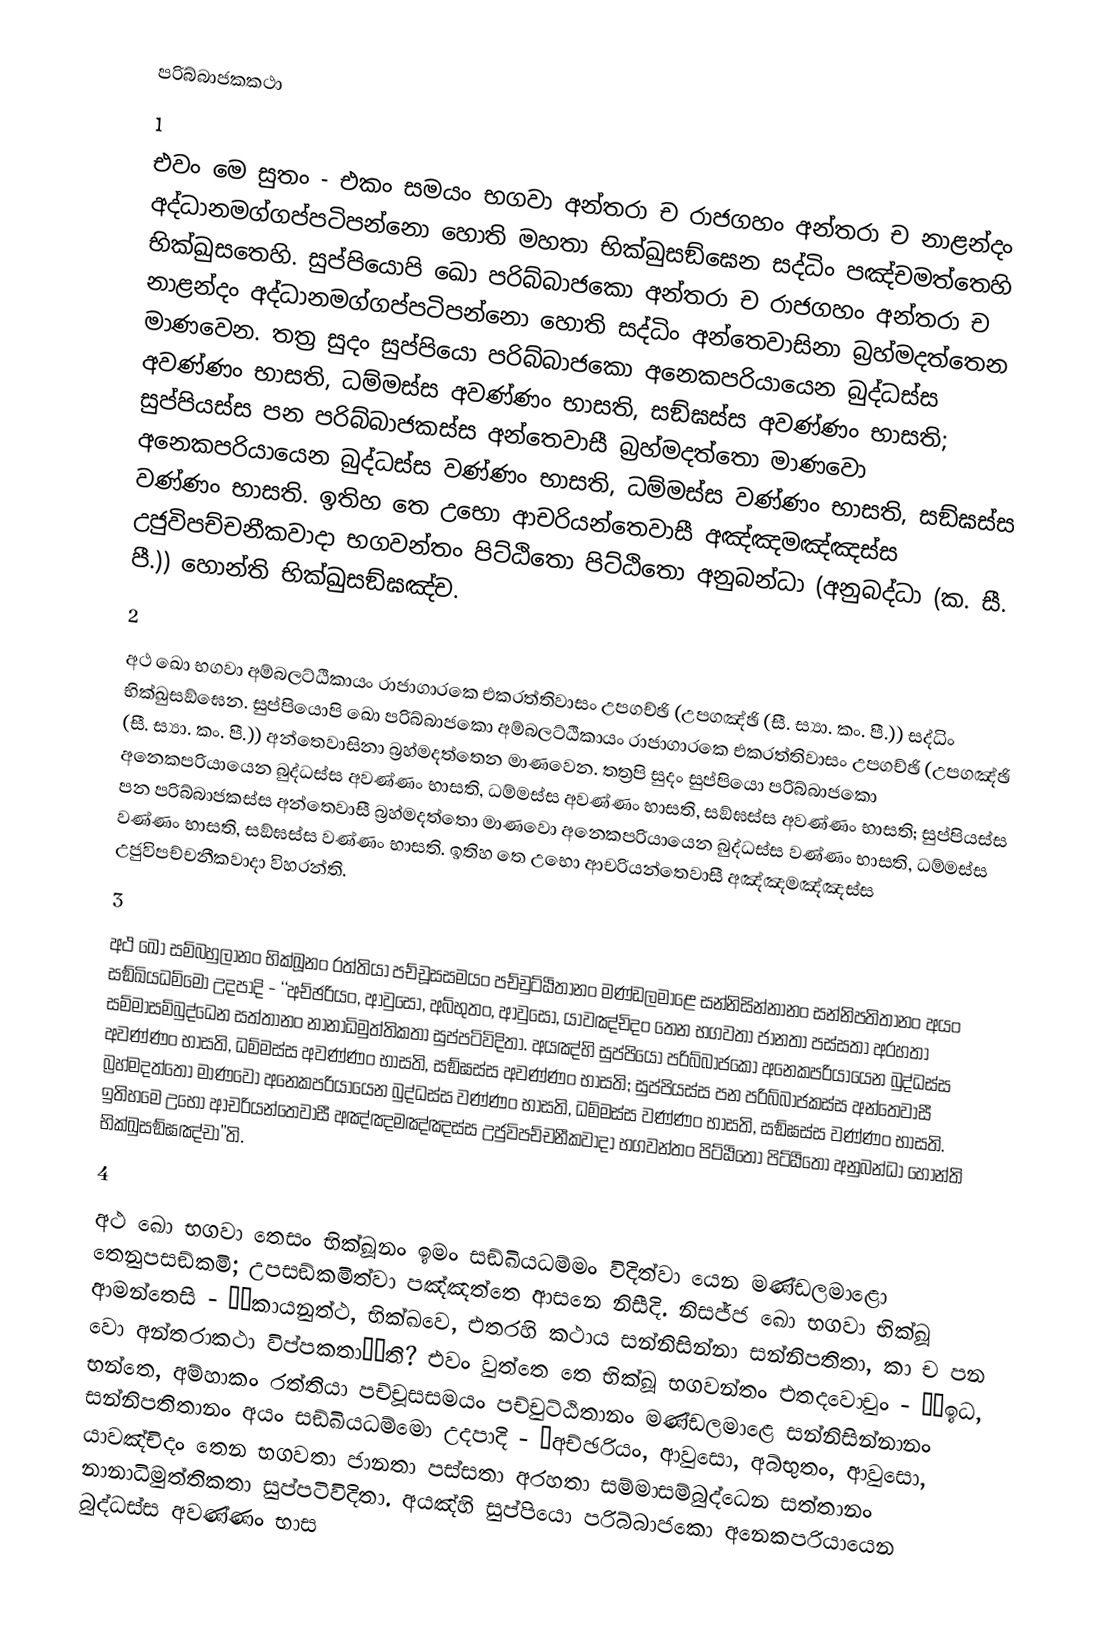
පරිබ්බාජකකථා
1
එවං මෙ සුතං - එකං සමයං භගවා අන්තරා ච රාජගහං අන්තරා ච නාළන්දං අද්ධානමග්ගප්පටිපන්නො හොති මහතා භික්ඛුසඞ්ඝෙන සද්ධිං පඤ්චමත්තෙහි භික්ඛුසතෙහි. සුප්පියොපි ඛො පරිබ්බාජකො අන්තරා ච රාජගහං අන්තරා ච නාළන්දං අද්ධානමග්ගප්පටිපන්නො හොති සද්ධිං අන්තෙවාසිනා බ්‍රහ්මදත්තෙන මාණවෙන. තත්‍ර සුදං සුප්පියො පරිබ්බාජකො අනෙකපරියායෙන බුද්ධස්ස අවණ්ණං භාසති, ධම්මස්ස අවණ්ණං භාසති, සඞ්ඝස්ස අවණ්ණං භාසති; සුප්පියස්ස පන පරිබ්බාජකස්ස අන්තෙවාසී බ්‍රහ්මදත්තො මාණවො අනෙකපරියායෙන බුද්ධස්ස වණ්ණං භාසති, ධම්මස්ස වණ්ණං භාසති, සඞ්ඝස්ස වණ්ණං භාසති. ඉතිහ තෙ උභො ආචරියන්තෙවාසී අඤ්ඤමඤ්ඤස්ස උජුවිපච්චනීකවාදා භගවන්තං පිට්ඨිතො පිට්ඨිතො අනුබන්ධා (අනුබද්ධා (ක. සී. පී.)) හොන්ති භික්ඛුසඞ්ඝඤ්ච.
2
අථ ඛො භගවා අම්බලට්ඨිකායං රාජාගාරකෙ එකරත්තිවාසං උපගච්ඡි (උපගඤ්ඡි (සී. ස්‍යා. කං. පී.)) සද්ධිං භික්ඛුසඞ්ඝෙන. සුප්පියොපි ඛො පරිබ්බාජකො අම්බලට්ඨිකායං රාජාගාරකෙ එකරත්තිවාසං උපගච්ඡි (උපගඤ්ඡි (සී. ස්‍යා. කං. පී.)) අන්තෙවාසිනා බ්‍රහ්මදත්තෙන මාණවෙන. තත්‍රපි සුදං සුප්පියො පරිබ්බාජකො අනෙකපරියායෙන බුද්ධස්ස අවණ්ණං භාසති, ධම්මස්ස අවණ්ණං භාසති, සඞ්ඝස්ස අවණ්ණං භාසති; සුප්පියස්ස පන පරිබ්බාජකස්ස අන්තෙවාසී බ්‍රහ්මදත්තො මාණවො අනෙකපරියායෙන බුද්ධස්ස වණ්ණං භාසති, ධම්මස්ස වණ්ණං භාසති, සඞ්ඝස්ස වණ්ණං භාසති. ඉතිහ තෙ උභො ආචරියන්තෙවාසී අඤ්ඤමඤ්ඤස්ස උජුවිපච්චනීකවාදා විහරන්ති.
3
අථ ඛො සම්බහුලානං භික්ඛූනං රත්තියා පච්චූසසමයං පච්චුට්ඨිතානං මණ්ඩලමාළෙ සන්නිසින්නානං සන්නිපතිතානං අයං සඞ්ඛියධම්මො උදපාදි - ‘‘අච්ඡරියං, ආවුසො, අබ්භුතං, ආවුසො, යාවඤ්චිදං තෙන භගවතා ජානතා පස්සතා අරහතා සම්මාසම්බුද්ධෙන සත්තානං නානාධිමුත්තිකතා සුප්පටිවිදිතා. අයඤ්හි සුප්පියො පරිබ්බාජකො අනෙකපරියායෙන බුද්ධස්ස අවණ්ණං භාසති, ධම්මස්ස අවණ්ණං භාසති, සඞ්ඝස්ස අවණ්ණං භාසති; සුප්පියස්ස පන පරිබ්බාජකස්ස අන්තෙවාසී බ්‍රහ්මදත්තො මාණවො අනෙකපරියායෙන බුද්ධස්ස වණ්ණං භාසති, ධම්මස්ස වණ්ණං භාසති, සඞ්ඝස්ස වණ්ණං භාසති. ඉතිහමෙ උභො ආචරියන්තෙවාසී අඤ්ඤමඤ්ඤස්ස උජුවිපච්චනීකවාදා භගවන්තං පිට්ඨිතො පිට්ඨිතො අනුබන්ධා හොන්ති භික්ඛුසඞ්ඝඤ්චා’’ති.
4
අථ ඛො භගවා තෙසං භික්ඛූනං ඉමං සඞ්ඛියධම්මං විදිත්වා යෙන මණ්ඩලමාළො තෙනුපසඞ්කමි; උපසඞ්කමිත්වා පඤ්ඤත්තෙ ආසනෙ නිසීදි. නිසජ්ජ ඛො භගවා භික්ඛූ ආමන්තෙසි - ‘‘කායනුත්ථ, භික්ඛවෙ, එතරහි කථාය සන්නිසින්නා සන්නිපතිතා, කා ච පන වො අන්තරාකථා විප්පකතා’’ති? එවං වුත්තෙ තෙ භික්ඛූ භගවන්තං එතදවොචුං - ‘‘ඉධ, භන්තෙ, අම්හාකං රත්තියා පච්චූසසමයං පච්චුට්ඨිතානං මණ්ඩලමාළෙ සන්නිසින්නානං සන්නිපතිතානං අයං සඞ්ඛියධම්මො උදපාදි - ‘අච්ඡරියං, ආවුසො, අබ්භුතං, ආවුසො, යාවඤ්චිදං තෙන භගවතා ජානතා පස්සතා අරහතා සම්මාසම්බුද්ධෙන සත්තානං නානාධිමුත්තිකතා සුප්පටිවිදිතා. අයඤ්හි සුප්පියො පරිබ්බාජකො අනෙකපරියායෙන බුද්ධස්ස අවණ්ණං භාස